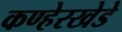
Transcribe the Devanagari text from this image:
कण्हेरखेडे